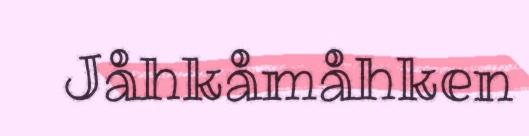
Jåhkåmåhken